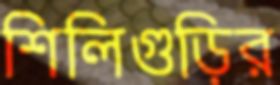
শিলিগুড়ির